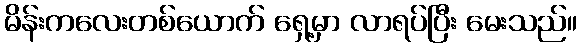
မိန်းကလေးတစ်ယောက် ရှေ့မှာ လာရပ်ပြီး မေးသည်။